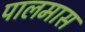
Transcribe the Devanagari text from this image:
पालमास